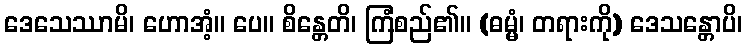
ဒေသေဿာမိ၊ ဟောအံ့။ ပေ။ စိန္တေတိ၊ ကြံစည်၏။ (ဓမ္မံ၊ တရားကို) ဒေသန္တောပိ၊